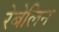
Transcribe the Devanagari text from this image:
रेबेलिन